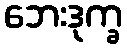
ဘေးဒုက္ခ